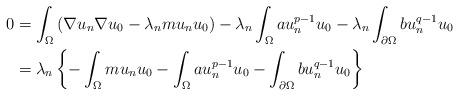
LaTeX: \begin{align*}0 & = \int_\Omega \left(\nabla u_n \nabla u_0 - \lambda_n m u_n u_0\right) - \lambda_n \int_\Omega a u_n^{p-1} u_0 - \lambda_n \int_{\partial \Omega} b u_n^{q-1} u_0 \\& = \lambda_n \left\{ - \int_\Omega m u_n u_0 - \int_\Omega a u_n^{p-1} u_0 - \int_{\partial \Omega} b u_n^{q-1} u_0 \right\}\end{align*}